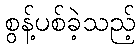
စွန့်ပစ်ခဲ့သည့်